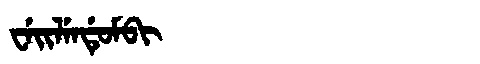
Manchu: ᠸᡝᡳᠯᡝᠨᡩᡠᠮᠪᡳ
Romanization: WEILENDUMBI